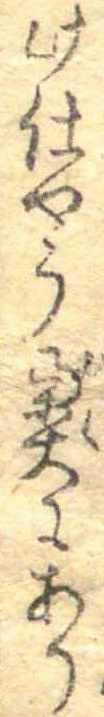
此仕やう奥にあり